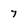
Character: 7